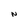
Character: N